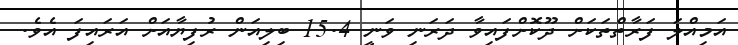
އަމިއްލަ ފަރާތްތަކަށް ދޫކޮށްފައިވާ ދަރަނި ވަނީ 15.4 ބިލިއަން ރުފިޔާއަށް އަރައިފަ އެވެ.